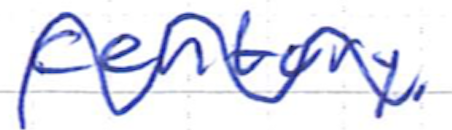
Text: century.
Cross-out: wave
Writing tool: ballpoint